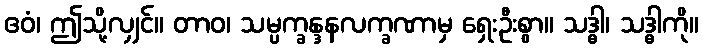
ဧဝံ၊ ဤသို့လျှင်။ တာဝ၊ သမ္ပက္ခန္ဒနလက္ခဏာမှ ရှေးဦးစွာ။ သဒ္ဓါ၊ သဒ္ဓါကို။